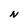
Character: N